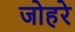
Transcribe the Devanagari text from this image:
जोहरे